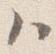
ハ